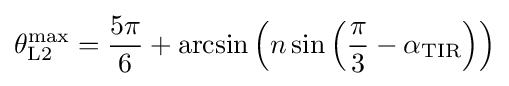
\theta _{{\rm {L}}2}^{\rm {max}}={\frac {5\pi }{6}}+\arcsin \left(n\sin \left({\frac {\pi }{3}}-\alpha _{\rm {TIR}}\right)\right)